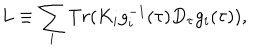
L \equiv \sum _ { i } T r ( K _ { i } g _ { i } ^ { - 1 } ( \tau ) D _ { \tau } g _ { i } ( \tau ) ) ,